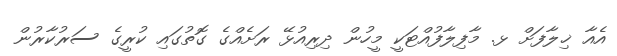
އެއާ ޚިލާފަށް ޅ. މާފިލާފުއްޓަކީ މީހުން ދިރިއުޅޭ ރަށެއްގެ ގޮތުގައި ކުރީގެ ސަރުކާރުން